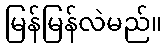
မြန်မြန်လဲမည်။